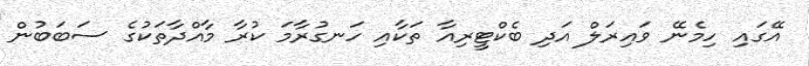
އޭގައި ހިމެނޭ ވައިރަލް އަދި ބެކްޓީރިއާ ތަކާއި ހަނގުރާމަ ކުރާ މާއްދާތަކުގެ ސަބަބުން